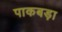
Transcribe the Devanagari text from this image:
पाकबड़ा